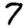
Digit: 7